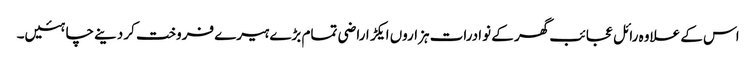
اس کے علاوہ رائل عجائب گھر کے نوادرات ہزاروں ایکڑ اراضی تمام بڑے ہیرے فروخت کر دینے چاہئیں۔